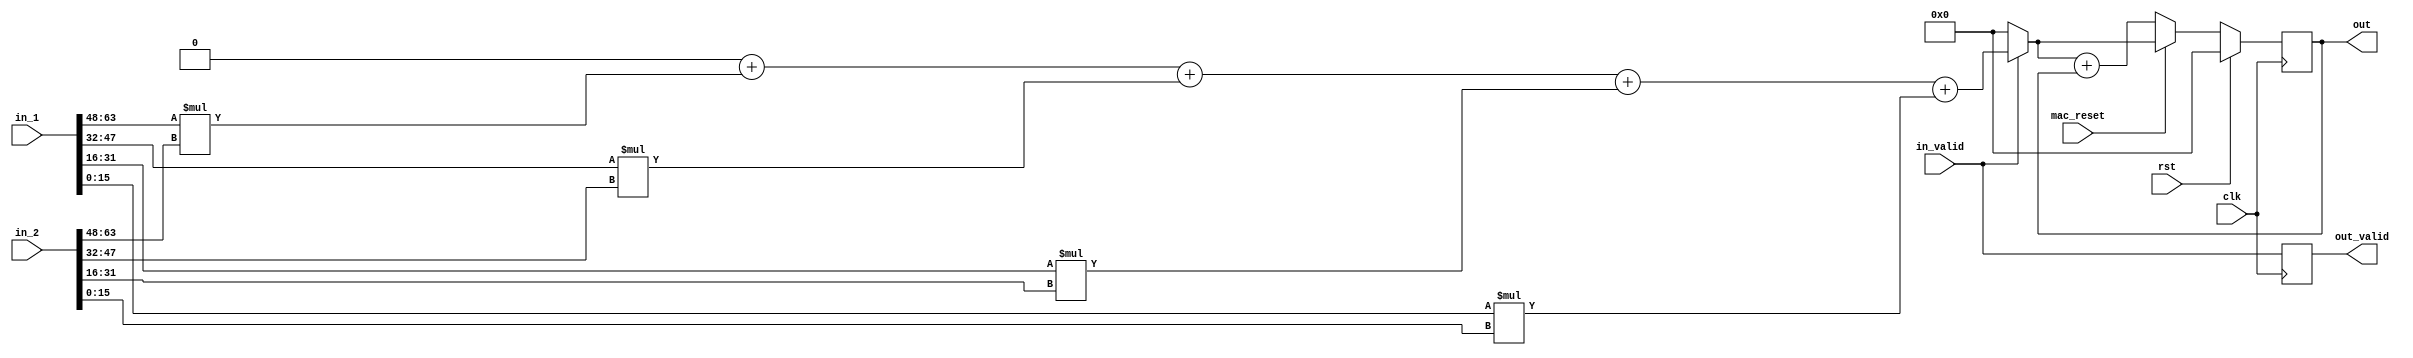
`timescale 1ns / 1ps
//////////////////////////////////////////////////////////////////////////////////
// Company: 
// Engineer: 
// 
// Design Name: 
// Module Name: mac_dist
// Project Name: 
// Target Devices: 
// Tool Versions: 
// Description: 
// 
// Dependencies: 
// 
// Revision:
// Revision 0.01 - File Created
// Additional Comments:
// 
//////////////////////////////////////////////////////////////////////////////////


module mac_dist
  #(parameter IN_WIDTH = 16,
              CONCAT = 4)
 (
  input signed [CONCAT*IN_WIDTH-1:0] in_1,
  input signed [CONCAT*IN_WIDTH-1:0] in_2,
  input mac_reset,
  input in_valid,
  output reg out_valid,
  output reg signed [2*IN_WIDTH-1:0] out,
  input clk, rst
      );
  
  
  reg signed [2*IN_WIDTH-1:0] product_sum;
  reg signed [2*IN_WIDTH-1:0] out_in;
  wire signed [IN_WIDTH-1:0] inputs1 [CONCAT-1:0];
  wire signed [IN_WIDTH-1:0] inputs2 [CONCAT-1:0];
  
  genvar j;
  integer i;
  
    for (j = CONCAT; j > 0; j = j - 1) begin
        assign inputs1[j-1] = in_1[j*IN_WIDTH - 1 -: IN_WIDTH];
        assign inputs2[j-1] = in_2[j*IN_WIDTH - 1 -: IN_WIDTH]; 
    end
  
  always @ (*) begin    
    
    product_sum = 0;
    for (i = CONCAT; i > 0; i = i - 1) begin
        product_sum = product_sum + inputs1[i-1]*inputs2[i-1]; 
    end
    
    if (in_valid)
      out_in = product_sum;  
    else begin
      out_in = 0;
    end
    
  end
  
  
  always @ (posedge clk) begin
    if (rst ) begin
      out <= 0;
      out_valid <= 0;
    end
    else if (mac_reset) begin
      out <= out_in;       
    end
    else begin
      out <= out_in + out; 
    end
    out_valid <= in_valid;
  end      
endmodule